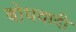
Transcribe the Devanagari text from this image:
बोधवादी